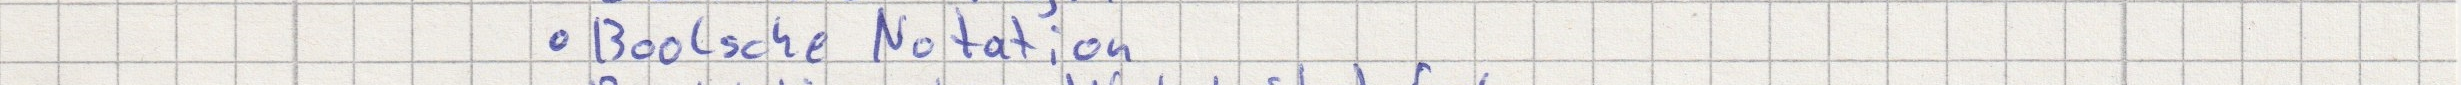
- Boolsche Notation